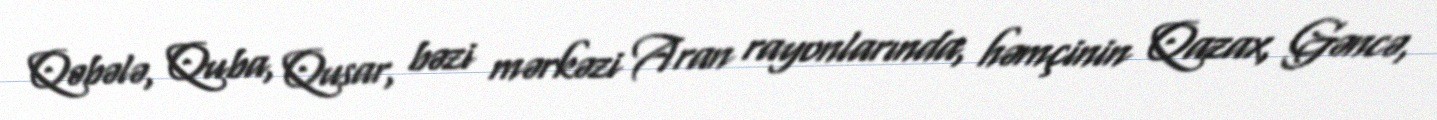
Qəbələ, Quba, Qusar, bəzi mərkəzi Aran rayonlarında, həmçinin Qazax, Gəncə,